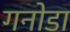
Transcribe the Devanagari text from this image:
गनोडा